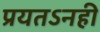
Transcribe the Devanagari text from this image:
प्रयतऽनही